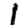
Digit: 1